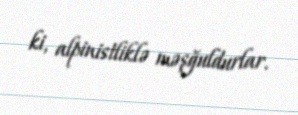
ki, alpinistliklə məşğuldurlar.